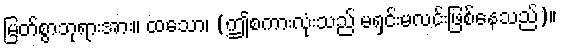
မြတ်စွာဘုရားအား။ ထသော၊ (ဤစကားလုံးသည် မရှင်းမလင်းဖြစ်နေသည်)။